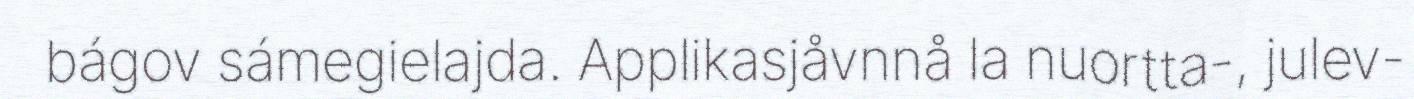
bágov sámegielajda. Applikasjåvnnå la nuortta-, julev-